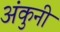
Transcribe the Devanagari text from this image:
अंकुनी